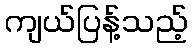
ကျယ်ပြန့်သည့်